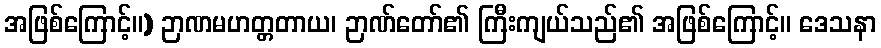
အဖြစ်ကြောင့်။) ဉာဏမဟတ္တတာယ၊ ဉာဏ်တော်၏ ကြီးကျယ်သည်၏ အဖြစ်ကြောင့်။ ဒေသနာ